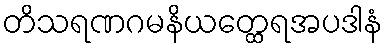
တိသရဏဂမနိယတ္ထေရအပဒါနံ